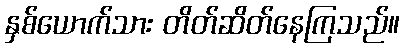
နှစ်ယောက်သား တိတ်ဆိတ်နေကြသည်။